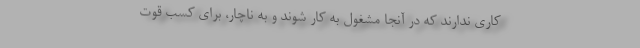
کاری ندارند که در آنجا مشغول به کار شوند و به ناچار، برای کسب قوت